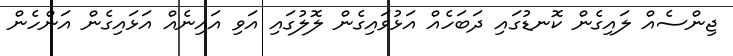
ޖިންސެއް ލައިގެން ކޮނޑުގައި ދަބަހެއް އަޅުވައިގެން ލޮލުގައި އަވި އައިނެއް އަޅައިގެން އަންހެން